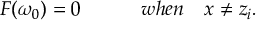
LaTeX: F ( \omega _ { 0 } ) = 0 \quad \quad \quad w h e n \quad x \neq z _ { i } .